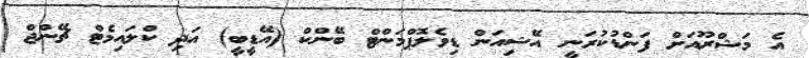
އެ މަޝްރޫއަށް ފަންޑުކުރަނީ އޭޝިއަން ޑިވެލޮޕްމަންޓް ބޭންކް (އޭޑީބީ) އަދި ކްލައިމެޓް ޗޭންޖް